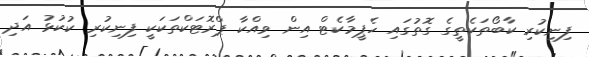
ފިނިކުރި ކާބޯތަކެތީގެ ގޮތުގައި ހެޕީމާކެޓް އިން ވިއްކާ ޕްރޮޓަކްތަކަކީ ފިނިކުރި ކުކުޅު އަދި